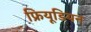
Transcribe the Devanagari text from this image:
फ्रियूडियन